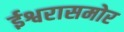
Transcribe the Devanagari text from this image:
ईश्वरासमोर